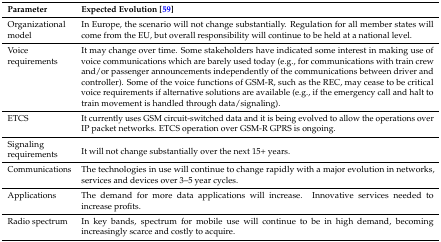
<table><thead><tr><td><b>Parameter</b></td><td><b>Expected Evolution [59]</b></td></tr></thead><tbody><tr><td>Organizational model</td><td>In Europe, the scenario will not change substantially. Regulation for all member states will come from the EU, but overall responsibility will continue to be held at a national level.</td></tr><tr><td>Voice requirements</td><td>It may change over time. Some stakeholders have indicated some interest in making use of voice communications which are barely used today (e.g., for communications with train crew and/or passenger announcements independently of the communications between driver and controller). Some of the voice functions of GSM-R, such as the REC, may cease to be critical voice requirements if alternative solutions are available (e.g., if the emergency call and halt to train movement is handled through data/signaling).</td></tr><tr><td>ETCS</td><td>It currently uses GSM circuit-switched data and it is being evolved to allow the operations over IP packet networks. ETCS operation over GSM-R GPRS is ongoing.</td></tr><tr><td>Signaling requirements</td><td>It will not change substantially over the next 15+ years.</td></tr><tr><td>Communications</td><td>The technologies in use will continue to change rapidly with a major evolution in networks, services and devices over 3–5 year cycles.</td></tr><tr><td>Applications</td><td>The demand for more data applications will increase. Innovative services needed to increase profits.</td></tr><tr><td>Radio spectrum</td><td>In key bands, spectrum for mobile use will continue to be in high demand, becoming increasingly scarce and costly to acquire.</td></tr></tbody></table>